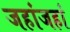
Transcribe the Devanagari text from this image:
जहांजहां